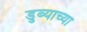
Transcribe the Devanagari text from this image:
डुब्याच्या